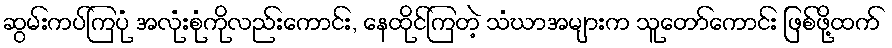
ဆွမ်းကပ်ကြပုံ အလုံးစုံကိုလည်းကောင်း, နေထိုင်ကြတဲ့ သံဃာအများက သူတော်ကောင်း ဖြစ်ဖို့ထက်